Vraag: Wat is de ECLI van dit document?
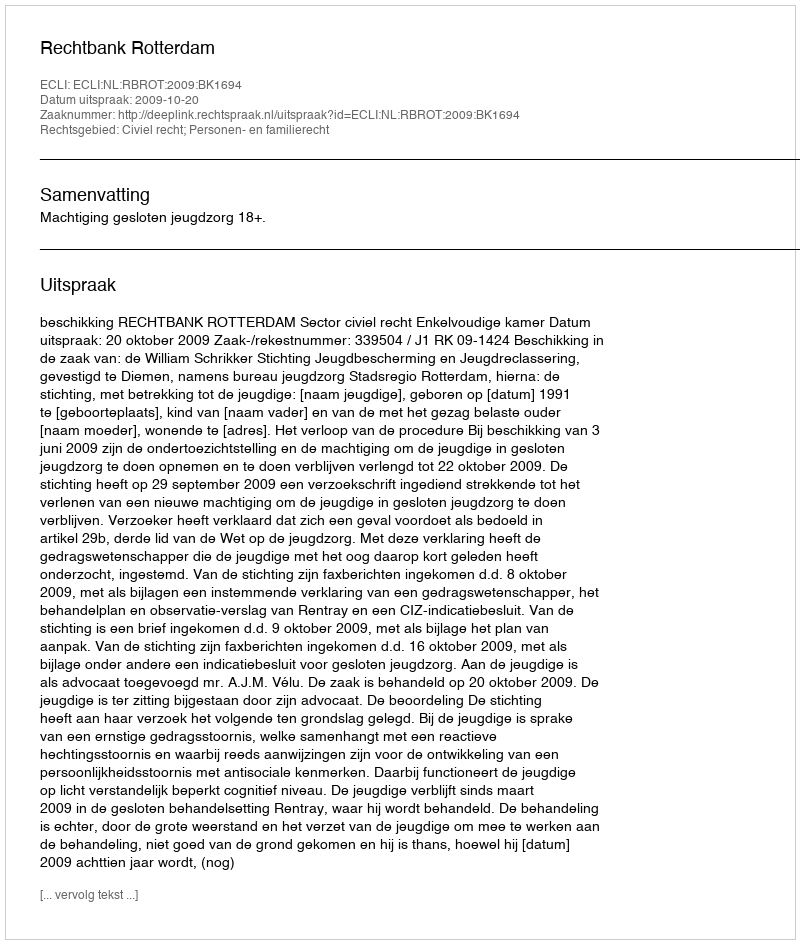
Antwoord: ECLI:NL:RBROT:2009:BK1694